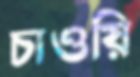
চাওয়ি